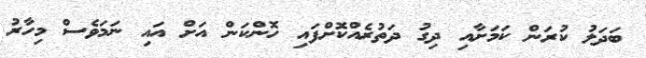
ބަދަލު ކުރަން ކަމަށާއި ދިގު ދަތުރެއްކޮށްފައި ހޮންކަން އަށް އައި ނަމަވެސް މިހާރު